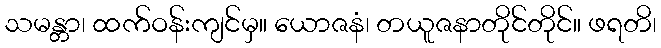
သမန္တာ၊ ထက်ဝန်းကျင်မှ။ ယောဇနံ၊ တယူဇနာတိုင်တိုင်။ ဖရတိ၊